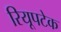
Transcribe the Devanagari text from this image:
रियूपटेक